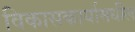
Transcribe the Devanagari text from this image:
विकासकार्यामधील